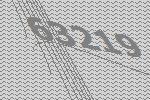
63219